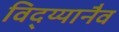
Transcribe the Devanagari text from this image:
विद्य्यानैव